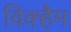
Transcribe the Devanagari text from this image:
विक्हैम